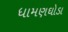
ધામણઘોડા